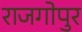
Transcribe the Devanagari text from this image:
राजगोपुर